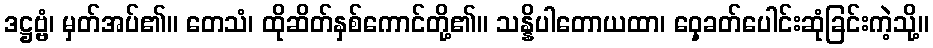
ဒဋ္ဌဗ္ဗံ၊ မှတ်အပ်၏။ တေသံ၊ ထိုဆိတ်နှစ်ကောင်တို့၏။ သန္နိပါတောယထာ၊ ဝှေ့ခတ်ပေါင်းဆုံခြင်းကဲ့သို့။